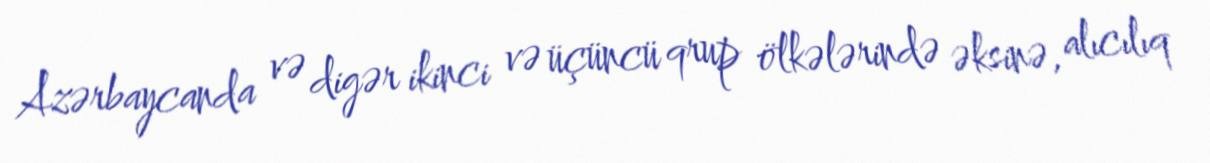
Azərbaycanda və digər ikinci və üçüncü qrup ölkələrində əksinə, alıcılıq